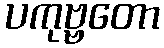
ပကုဗ္ဗတော